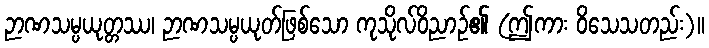
ဉာဏသမ္ပယုတ္တဿ၊ ဉာဏသမ္ပယုတ်ဖြစ်သော ကုသိုလ်ဝိညာဉ်၏ (ဤကား ဝိသေသတည်း)။